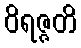
ဝိရဇ္ဇတိ